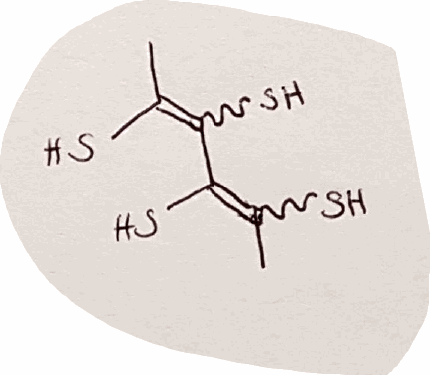
Simplified molecular-input line-entry system (SMILES) notation of the given molecule:
CC(=C(C(=C(C)S)S)S)S